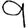
Digit: 9